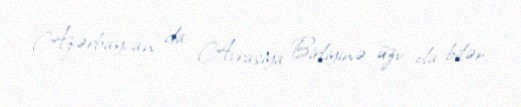
Azərbaycan da Avrasiya Birliyinə üzv ola bilər.